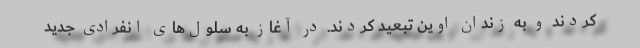
كردند و به زندان اوین تبعید كردند. در آغاز به سلول‌های انفرادی جدید